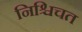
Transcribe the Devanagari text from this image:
निश्चिचत